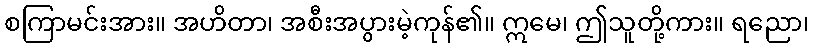
စကြာမင်းအား။ အဟိတာ၊ အစီးအပွားမဲ့ကုန်၏။ ဣမေ၊ ဤသူတို့ကား။ ရညော၊